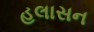
હલાસન